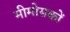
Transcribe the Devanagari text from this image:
मीमोसकों